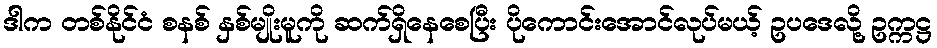
ဒါက တစ်နိုင်ငံ စနစ် နှစ်မျိုးမူကို ဆက်ရှိနေစေပြီး ပိုကောင်းအောင်လုပ်မယ့် ဥပဒေလို့ ဥက္ကဋ္ဌ